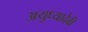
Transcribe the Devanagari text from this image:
अयुध्यादेवी